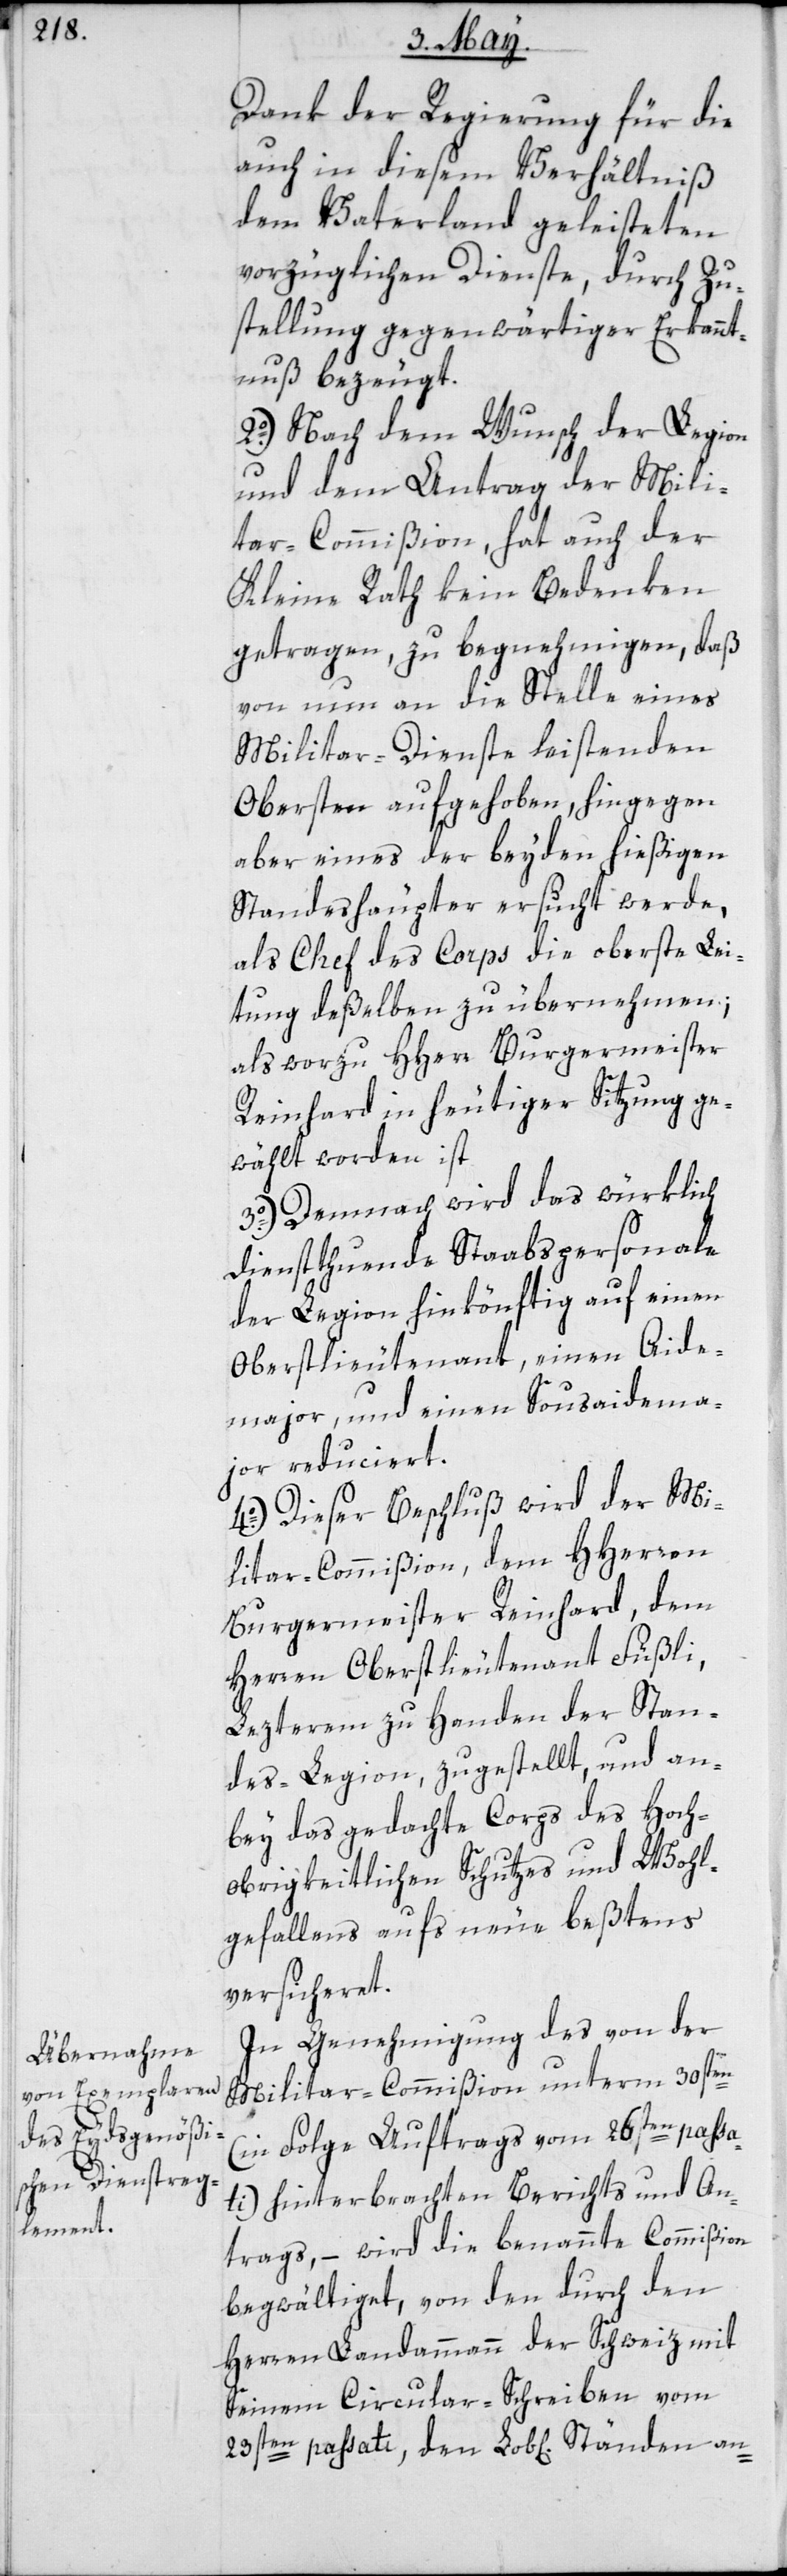
Dank der Regierung für die
auch in diesem Verhältniß
dem Vaterland geleisteten
vorzüglichen Dienste, durch Zu¬
stellung gegenwärtiger Erkannt¬
nuß bezeugt.
2o.) Nach dem Wunsch der Legion
und dem Antrag der Mili¬
tar-Commißion, hat auch der
Kleine Rath kein Bedenken
getragen, zu begnehmigen, daß
von nun an die Stelle eines
Militar-Dienste leistenden
Obersten aufgehoben, hingegen
aber eines der beyden hießigen
Standeshäupter ersucht werde,
als Chef des Corps die oberste Lei¬
tung deßelben zu übernehmen;
als worzu HHerr Burgermeister
Reinhard in heutiger Sitzung ge¬
wählt worden ist.
3o.) Demnach wird das würklich
dienstthuende Staabspersonale
der Legion hinkönftig auf einen
Oberstlieutenant, einen Aide¬
major und einen Sousaidema¬
jor reduciert.
4o.) Dieser Beschluß wird der Mi¬
litar-Commißion, dem HHerren
Burgermeister Reinhard, dem
Herren Oberstlieutenant Füßli,
Lezterem zu Handen der Stan¬
des-Legion, zugestellt, und an¬
bey das gedachte Corps des hoch¬
obrigkeitlichen Schutzes und Wohl¬
gefallens aufs neue beßtens
versicheret.
In Genehmigung des von der
Militar-Commißion unterm 30sten
(in Folge Auftrags vom 26sten passa¬
ti) hinterbrachten Berichts und An¬
trags, – wird die benannte Commißion
begwältiget, von den durch den
Herren Landammann der Schweiz mit
Seinem Circular-Schreiben vom
23sten passati, den Lob[lichen] Ständen an-